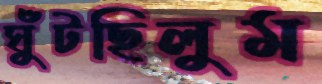
ঘুঁটছিলুম